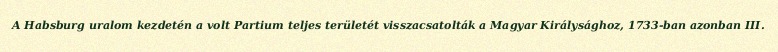
A Habsburg uralom kezdetén a volt Partium teljes területét visszacsatolták a Magyar Királysághoz, 1733-ban azonban III.